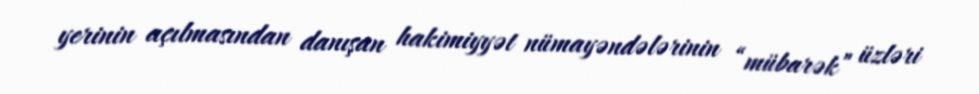
yerinin açılmasından danışan hakimiyyət nümayəndələrinin “mübarək” üzləri